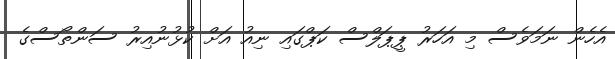
އެހެން ނަމަވެސް މި އަހަރު ޕީޕަލްސް ކަޕްގައި ނިއު އަށް ކުޅުނުއިރު ސަންތޯސްގެ